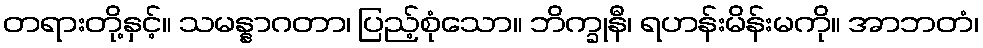
တရားတို့နှင့်။ သမန္နာဂတာ၊ ပြည့်စုံသော။ ဘိက္ခုနီ၊ ရဟန်းမိန်းမကို။ အာဘတံ၊